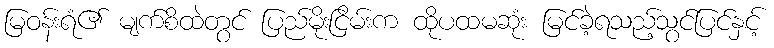
မြဝန်းရံ၏ မျက်စိထဲတွင် ပြည်မိုးငြိမ်းက ထိုပထမဆုံး မြင်ခဲ့ရသည့်သွင်ပြင်နှင့်